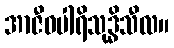
အာဇီဝပါရိသုဒ္ဓိသီလ။